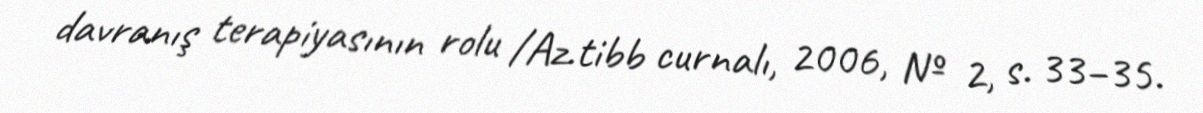
davranış terapiyasının rolu /Az.tibb curnalı, 2006, № 2, s. 33–35.